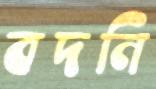
বদনি